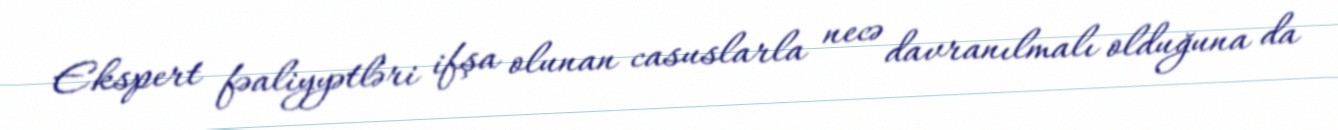
Ekspert fəaliyyətləri ifşa olunan casuslarla necə davranılmalı olduğuna da